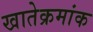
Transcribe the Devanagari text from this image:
खातेक्रमांक